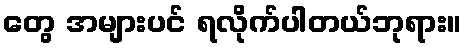
တွေ အများပင် ရလိုက်ပါတယ်ဘုရား။